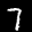
Label: 7